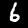
Digit: 6